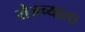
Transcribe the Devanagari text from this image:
रोजच्याला